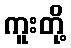
ကူးတို့